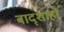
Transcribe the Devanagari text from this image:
बाद्शाहों